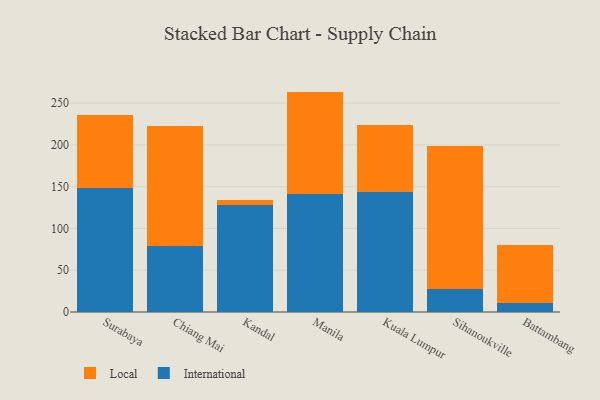
{"axis": {"x": "City", "y": "Demand Index"}, "legend": ["International", "Local"], "data": [{"x": "Surabaya", "y": 148.6, "type": "International"}, {"x": "Surabaya", "y": 87.6, "type": "Local"}, {"x": "Chiang Mai", "y": 79.3, "type": "International"}, {"x": "Chiang Mai", "y": 143.8, "type": "Local"}, {"x": "Kandal", "y": 128.6, "type": "International"}, {"x": "Kandal", "y": 5.9, "type": "Local"}, {"x": "Manila", "y": 141.8, "type": "International"}, {"x": "Manila", "y": 122.0, "type": "Local"}, {"x": "Kuala Lumpur", "y": 143.3, "type": "International"}, {"x": "Kuala Lumpur", "y": 80.4, "type": "Local"}, {"x": "Sihanoukville", "y": 28.1, "type": "International"}, {"x": "Sihanoukville", "y": 170.5, "type": "Local"}, {"x": "Battambang", "y": 11.2, "type": "International"}, {"x": "Battambang", "y": 69.1, "type": "Local"}]}